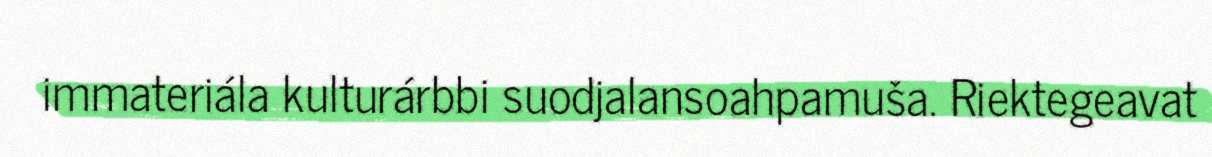
immateriála kulturárbbi suodjalansoahpamuša. Riektegeavat